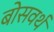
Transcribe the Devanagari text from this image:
बोसवर्थ